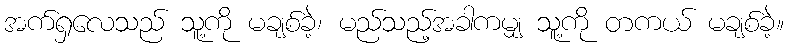
အက်ရှလေသည် သူ့ကို မချစ်ခဲ့၊ မည်သည့်အခါကမျှ သူ့ကို တကယ် မချစ်ခဲ့။